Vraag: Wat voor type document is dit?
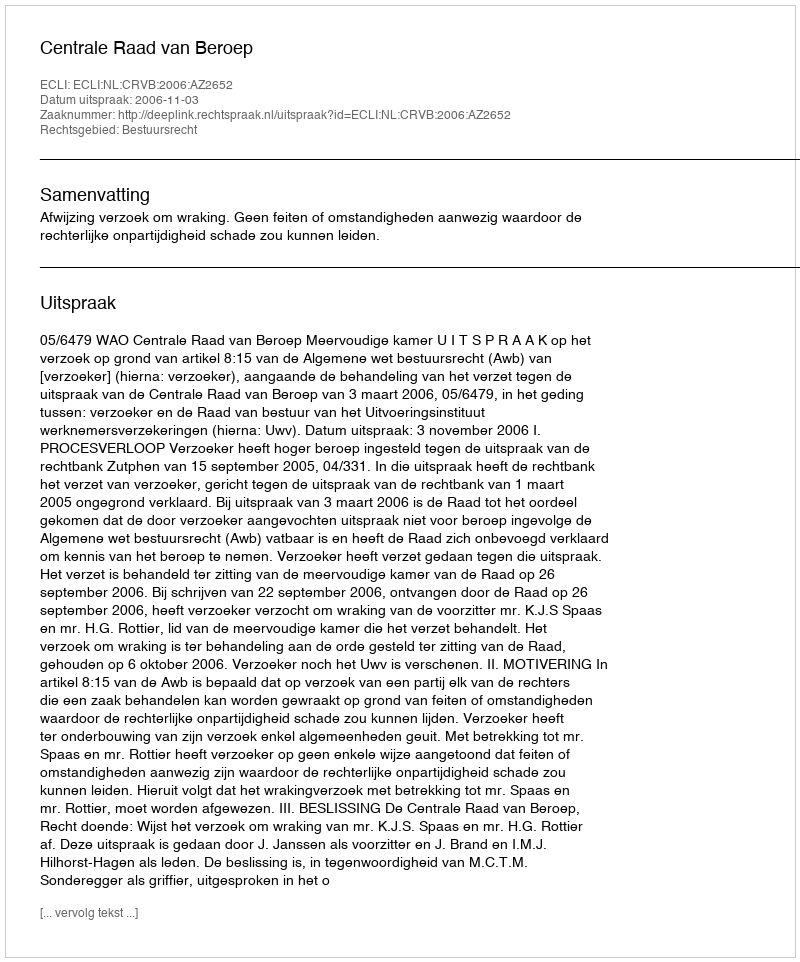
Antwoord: Uitspraak